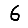
Digit: 6